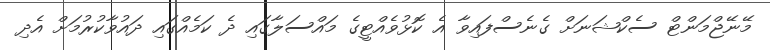
މޭނޭޖްމަންޓް ސެކްޝަނަށް ގެނެސްފައިވާ އެ ކޮޅުވެއްޓީގެ މައްސަލާގައި ދެ ކަމެއްގައި ދައުވާކުރުމަށް އެދި